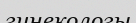
гинекологы